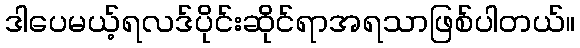
ဒါပေမယ့်ရလဒ်ပိုင်းဆိုင်ရာအရသာဖြစ်ပါတယ်။